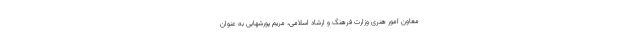
معاون امور هنری وزارت فرهنگ و ارشاد اسلامی، مریم پورشهابی به عنوان